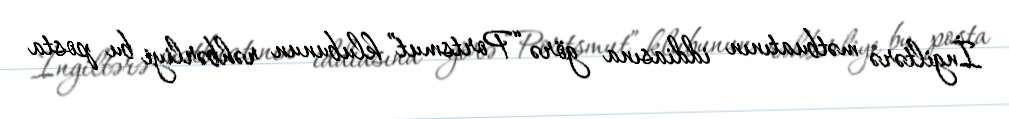
İngiltərə mətbuatının iddiasına görə “Portsmut” klubunun rəhbərliyi bu posta